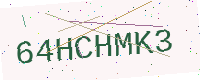
Text: 64HCHMK3